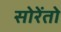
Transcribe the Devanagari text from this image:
सोरेंतो